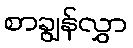
စာချွန်လွှာ